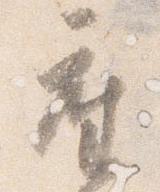
座